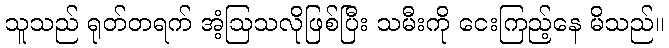
သူသည် ရုတ်တရက် အံ့ဩသလိုဖြစ်ပြီး သမီးကို ငေးကြည့်နေ မိသည်။